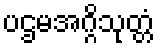
ပဌမအဂ္ဂိသုတ္တံ